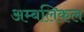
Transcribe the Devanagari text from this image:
अम्बलिकल